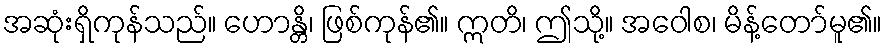
အဆုံးရှိကုန်သည်။ ဟောန္တိ၊ ဖြစ်ကုန်၏။ ဣတိ၊ ဤသို့။ အဝေါစ၊ မိန့်တော်မူ၏။